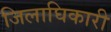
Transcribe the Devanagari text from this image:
जिलाघिकारी